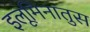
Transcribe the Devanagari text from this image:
इलूमिनातुस